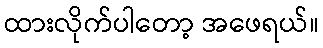
ထားလိုက်ပါတော့ အဖေရယ်။